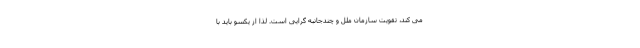
می کند، تقویت سازمان ملل و چندجانبه گرایی است. لذا از یکسو باید با